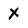
Character: X